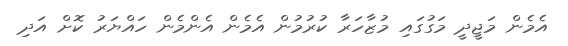
އެމެން މަޖީދީ މަގުގައި މުޒާހަރާ ކުރުމުން އެމެން އެންމެން ހައްޔަރު ކޮށް އަދި